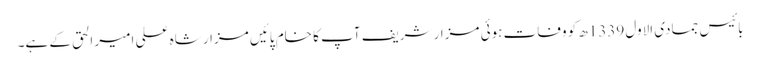
بائیس جمادی الاول 1339ھ کو وفات ہوئی مزار شریف آپ کا خام پائیں مزار شاہ علی امیر الحق کے ہے۔